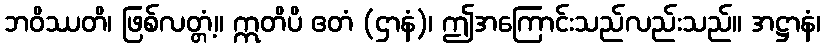
ဘဝိဿတိ၊ ဖြစ်လတ္တံ့။ ဣတိပိ ဧတံ (ဌာနံ)၊ ဤအကြောင်းသည်လည်းသည်။ အဋ္ဌာနံ၊